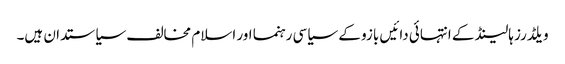
ویلڈرز ہالینڈ کے انتہائی دائیں بازو کے سیاسی رہنما اور اسلام مخالف سیاستدان ہیں۔